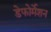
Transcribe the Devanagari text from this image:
डेफोर्मेशन